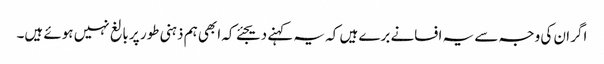
اگر ان کی وجہ سے یہ افسانے برے ہیں کہ یہ کہنے دیجئے کہ ابھی ہم ذہنی طور پر بالغ نہیں ہوئے ہیں۔